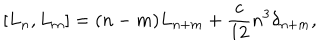
[ L _ { n } , L _ { m } ] = ( n - m ) L _ { n + m } + { \frac { c } { 1 2 } } n ^ { 3 } \delta _ { n + m } ,